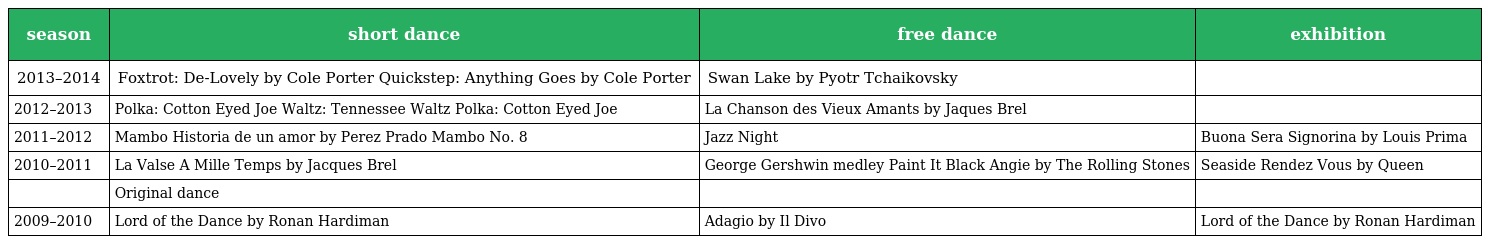
| season | short dance | free dance | exhibition |
 | --- | --- | --- | --- |
 | 2013–2014 | Foxtrot: De-Lovely by Cole Porter Quickstep: Anything Goes by Cole Porter | Swan Lake by Pyotr Tchaikovsky |  |
 | 2012–2013 | Polka: Cotton Eyed Joe Waltz: Tennessee Waltz Polka: Cotton Eyed Joe | La Chanson des Vieux Amants by Jaques Brel |  |
 | 2011–2012 | Mambo Historia de un amor by Perez Prado Mambo No. 8 | Jazz Night | Buona Sera Signorina by Louis Prima |
 | 2010–2011 | La Valse A Mille Temps by Jacques Brel | George Gershwin medley Paint It Black Angie by The Rolling Stones | Seaside Rendez Vous by Queen |
 |  | Original dance |  |  |
 | 2009–2010 | Lord of the Dance by Ronan Hardiman | Adagio by Il Divo | Lord of the Dance by Ronan Hardiman |